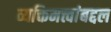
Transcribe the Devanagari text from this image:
व्यक्तिमत्त्वांबद्दल